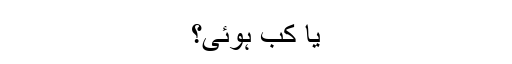
یا کب ہوئی؟